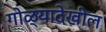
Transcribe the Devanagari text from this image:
गोळ्यादेखील